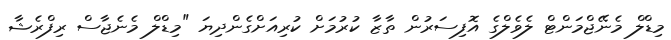
މިޑްލް މެނޭޖްމަންޓް ލެވެލްގެ އޮފިސަރުން ތާޒާ ކުރުމަށް ކުރިއަށްގެންދިޔަ "މިޑްލް މެނެޖާސް ރިފްރެޝާ